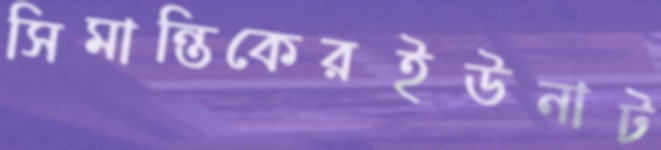
সিমান্তিকেরইউনাট